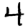
Digit: 4